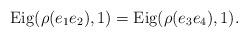
LaTeX: \begin{align*}{\rm Eig}(\rho(e_1 e_2),1)={\rm Eig}(\rho(e_3 e_4),1).\end{align*}